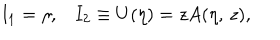
LaTeX: I _ { 1 } = \eta , I _ { 2 } \equiv U ( \eta ) = z A ( \eta , \, z ) ,